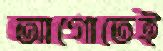
আগোতেই